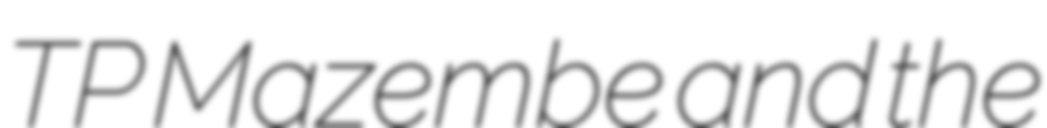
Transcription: TP Mazembe and the